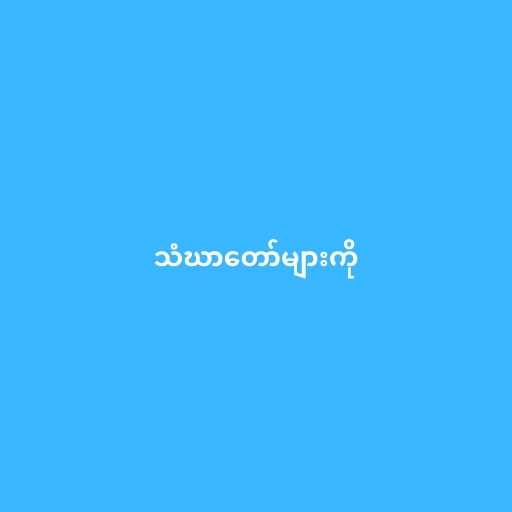
သံဃာတော်များကို